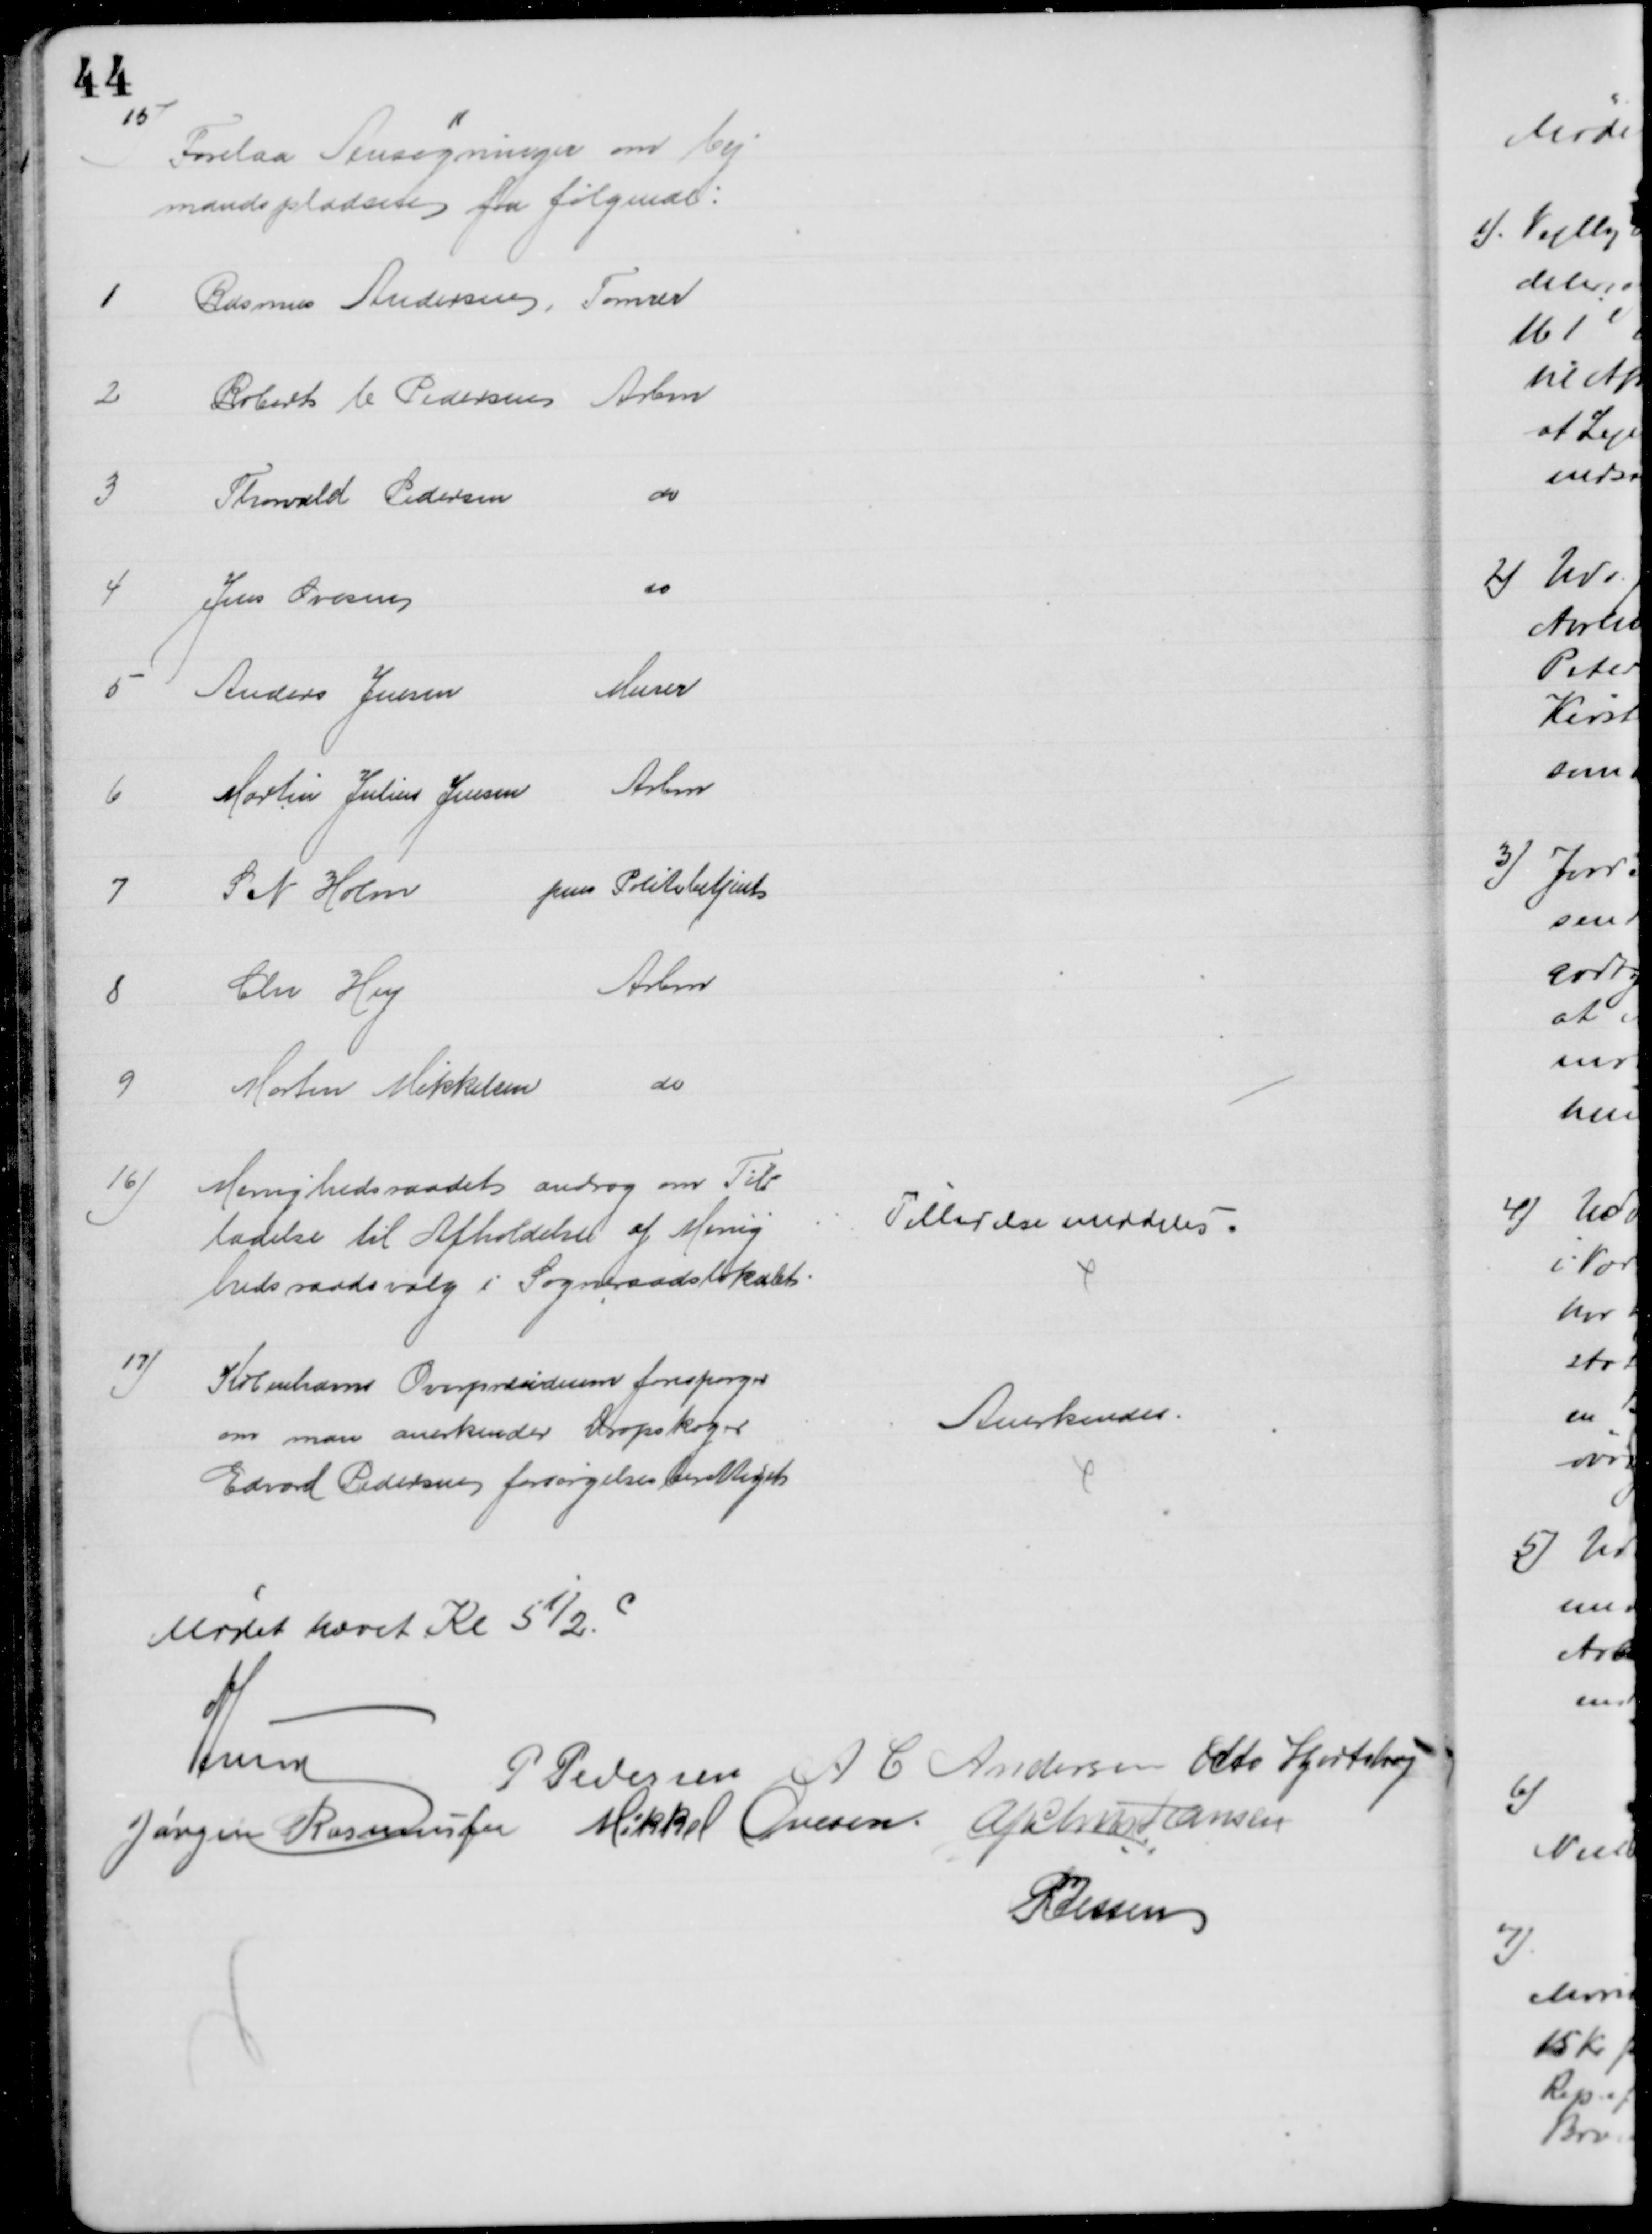
Transskription:
15)
Forelaa Ansøgninger om Vej
mandspladsen fra følgende:
1
Rasmus Andersen, Tømrer
2
Robert V Pedersen Arbm
3
Thorvald Pedersen 
do
4
Jens Ovesen
do
5
Anders Jensen
Murer
6
Martin Julius Jensen 
Arbm
7
S. N. Holm 
pens Politibetjent
8
Chr. Hey
Arbm
9
Morten Mikkelsen 
do
16)
Menighedsraadet androg om Til-
ladelse til Afholdelse af Menig
hedsraadsvalg i Sogneraadslokalet.
Tilladelse meddeles.
17)
Københavns Overpræsidium forespørger
om man anerkender Dropskoger
Edvard Pedersen forsørgelsesberettiget
Anerkendes.
Mødet hævet Kl 5½.
A Lund
P Pedersen A C Andersen Otto Hjortshøj
Jørgen Rasmussen Mikkel Ovesen. A P Christiansen
P Jessen